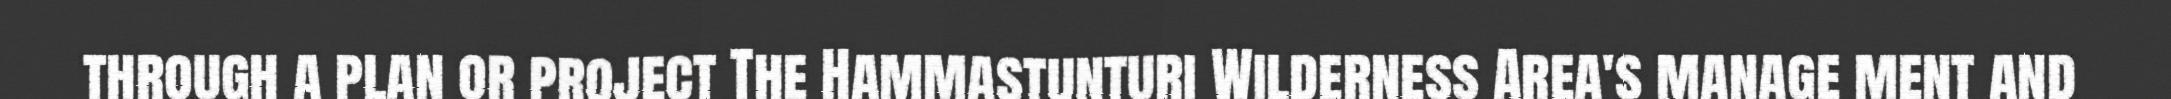
through a plan or project The Hammastunturi Wilderness Area's manage ment and